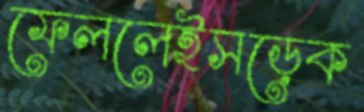
ফেললেইসড়েক